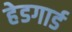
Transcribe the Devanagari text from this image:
हेडगार्ड